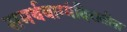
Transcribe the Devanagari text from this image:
समर्थवाग्मंदिरातील